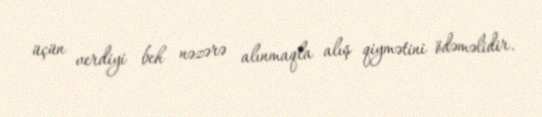
üçün verdiyi beh nəzərə alınmaqla alış qiymətini ödəməlidir.